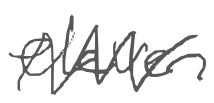
Text: eleven
Cross-out: mix
Writing tool: digital_gray